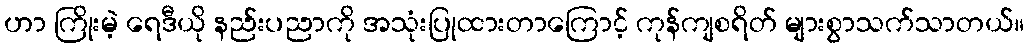
ဟာ ကြိုးမဲ့ ရေဒီယို နည်းပညာကို အသုံးပြုထားတာကြောင့် ကုန်ကျစရိတ် များစွာသက်သာတယ်။